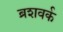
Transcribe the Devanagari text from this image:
ब्रशवर्क